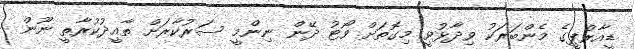
ޑީއާރްޕީގެ މެންބަރަކު ވިދާޅުވީ މިގޮތަށް ވޯޓު ދޭން ނިންމީ ސަރުކާރަށް ތާއީދުކުރާތީ ނޫން